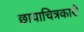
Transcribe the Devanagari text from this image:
छायाचित्रकारी